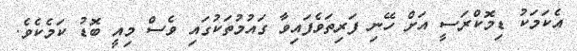
އެކަމަކު ޑިމޮކްރަސީ އަށް ހޭނި ފަރިތަވެފައިވާ ގައުމުތަކުގައި ވެސް މިއީ ބޮޑު ކަމެކެވެ.